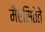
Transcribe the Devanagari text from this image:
मैएसितेते